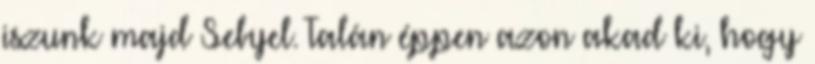
iszunk majd Sebyel. Talán éppen azon akad ki, hogy